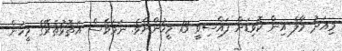
މިއަދު މާލެ އިން ކޮވިޑަށް ފައްސިވީ 13 މީހުންނެވެ. ނަމަވެސް އަތޮޅުތެރޭގެ މީހުން